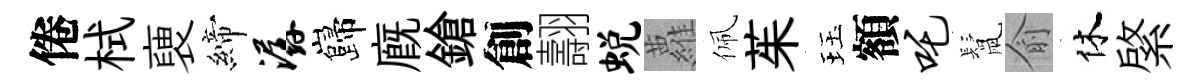
倦栻褏締潺巋廐鎗創翿蜕蘿佩茱珏額吒鬛俞休綮